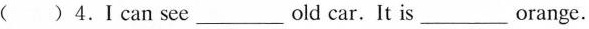
()4.I can see___old car.It is___orange.